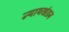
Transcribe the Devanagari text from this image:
न्यायखंडन